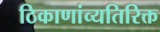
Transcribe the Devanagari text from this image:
ठिकाणांव्यतिरिक्त